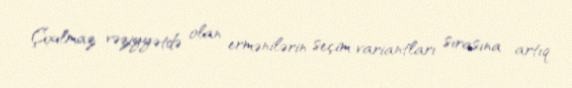
Çıxılmaz vəziyyətdə olan ermənilərin seçim variantları sırasına artıq